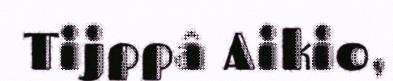
Tijppâ Aikio,